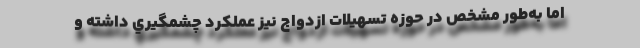
اما به‌طور مشخص در حوزه تسهيلات ازدواج نيز عملكرد چشمگيري داشته و